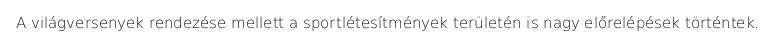
A világversenyek rendezése mellett a sportlétesítmények területén is nagy előrelépések történtek.